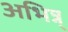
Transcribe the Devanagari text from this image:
अभिन्न्